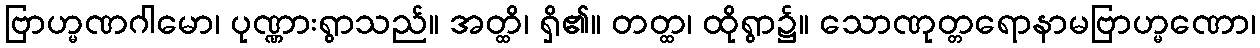
ဗြာဟ္မဏဂါမော၊ ပုဏ္ဏားရွာသည်။ အတ္ထိ၊ ရှိ၏။ တတ္ထ၊ ထိုရွာ၌။ သောဏုတ္တရောနာမဗြာဟ္မဏော၊